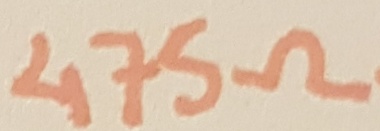
Text: 475Ω